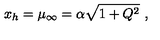
x _ { h } = \mu _ { \infty } = \alpha \sqrt { 1 + Q ^ { 2 } } \ ,